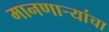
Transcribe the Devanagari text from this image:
मानणार्‍यांचा